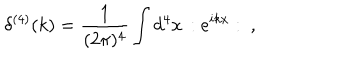
LaTeX: \delta ^ { ( 4 ) } ( k ) = \frac { 1 } { ( 2 \pi ) ^ { 4 } } \int d ^ { 4 } x \, : e ^ { i k x } : ~ ,